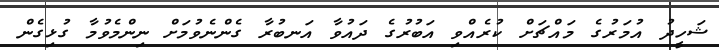
ޝަހީދު އުމަރުގެ މައްޗަށް ކުރެއްވި އަބުރުގެ ދައުވާ އަނބުރާ ގެންނެވުމަށް ނިންމެވުމާ ގުޅިގެން